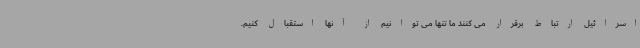
اسرائیل ارتباط برقرار می کنند ما تنها می توانیم از آنها استقبال کنیم.